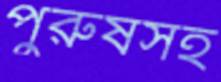
পুরুষসহ